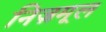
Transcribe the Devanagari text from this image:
निज़मूल